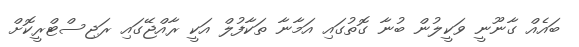
ބައެއް ގާނޫނީ ވަކީލުން ބުނާ ގޮތުގައި އަމާނާ ތަކާފުލް އަކީ ރާއްޖޭގައި ރަޖިސްޓްރީކޮށް